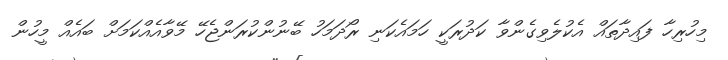
މިހުރިހާ ފައިދާތައް އެކުލެވިގެންވާ ކަދުރަކީ ހަމައެކަނި ރޯދަމަހު ބޭނުންކުރަންޖެހޭ މޭވާއެއްކަމަށް ބައެއް މީހުން